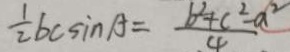
\frac { 1 } { 2 } b c \sin A = \frac { b ^ { 2 } + c ^ { 2 } - a ^ { 2 } } { 4 }